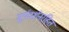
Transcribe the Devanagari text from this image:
सूर्यदर्शनरहित